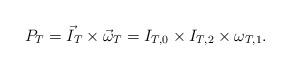
LaTeX: \begin{align*}P_{T} = \vec I_{T} \times \vec \omega_{T} = I_{T,0} \times I_{T,2} \times \omega_{T,1}.\end{align*}